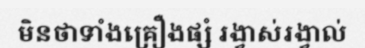
មិនថាទាំងគ្រឿងផ្សំ រង្វាស់រង្វាល់